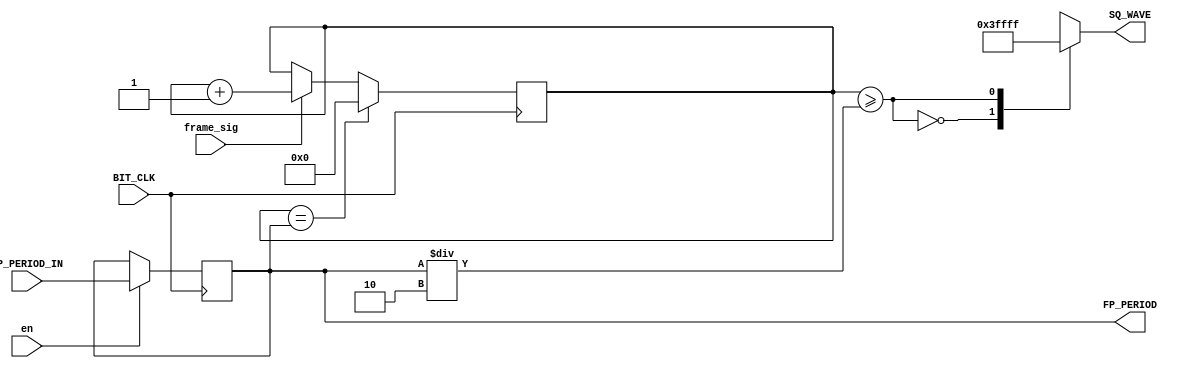
`timescale 1ns / 1ps
//////////////////////////////////////////////////////////////////////////////////
// Company: 
// Engineer: 
// 
// Design Name: 
// Module Name:    Square_wave 
// Description: 
//
//////////////////////////////////////////////////////////////////////////////////

module Square_wave(
	input BIT_CLK,
	input [6:0] FP_PERIOD_IN,
	input frame_sig,
	input en,
	output reg [17:0] SQ_WAVE,
	output reg [6:0] FP_PERIOD = 7'd48
    );
	
	reg [6:0] FRAME_COUNT = 7'b0;
	
	always @(posedge BIT_CLK) begin
		if (FRAME_COUNT == FP_PERIOD)
			FRAME_COUNT <= 7'b0;
		else if (frame_sig)
			FRAME_COUNT <= FRAME_COUNT + 1'b1;
			
		if (en)
			FP_PERIOD <= FP_PERIOD_IN;
	end
	
	always @(*)
		case (FRAME_COUNT >= FP_PERIOD / 7'd2)
			1'b0: SQ_WAVE = 18'b00_0000_0000_0000_0000;
			1'b1: SQ_WAVE = 18'b11_1111_1111_1111_1111;
		endcase

endmodule